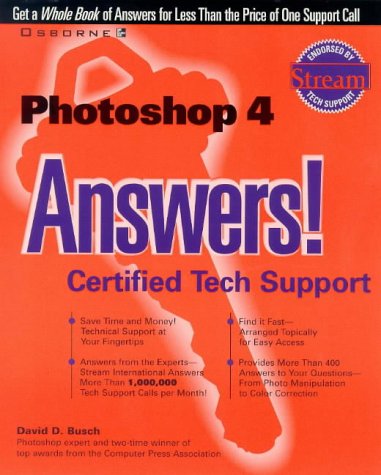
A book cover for Photoshop 4 Answers!: Certified Tech Support (Answers Series); David D. Busch; Computers & Technology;